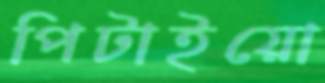
পিটাইয়ো